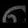
Digit: ၈